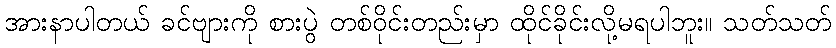
အားနာပါတယ် ခင်ဗျားကို စားပွဲ တစ်ဝိုင်းတည်းမှာ ထိုင်ခိုင်းလို့မရပါဘူး။ သတ်သတ်